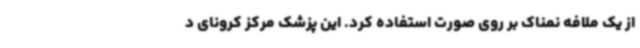
از یک ملافه نمناک بر روی صورت استفاده کرد. این پزشک مرکز کرونای د